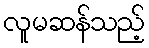
လူမဆန်သည့်